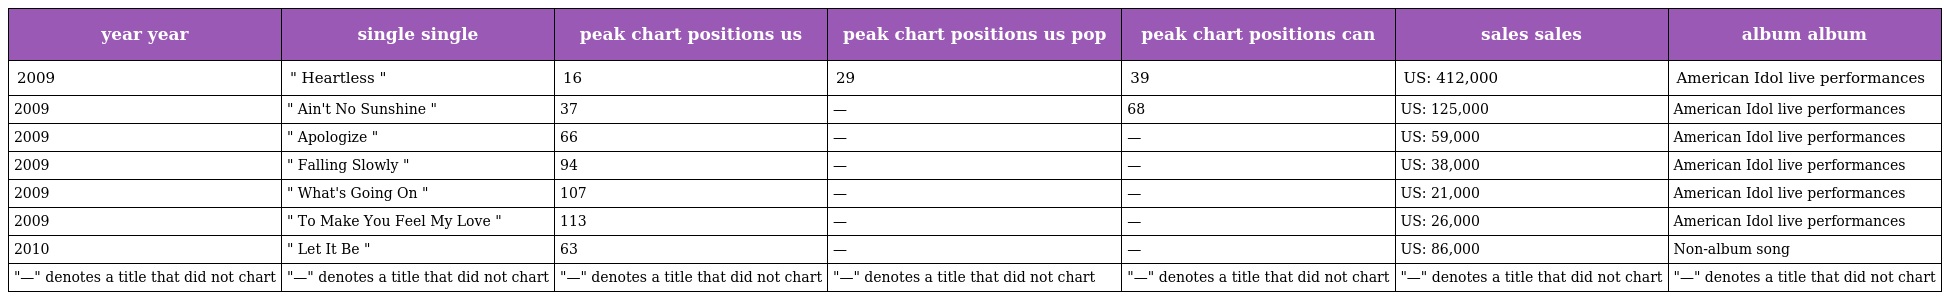
| year year | single single | peak chart positions us | peak chart positions us pop | peak chart positions can | sales sales | album album |
 | --- | --- | --- | --- | --- | --- | --- |
 | 2009 | " Heartless " | 16 | 29 | 39 | US: 412,000 | American Idol live performances |
 | 2009 | " Ain't No Sunshine " | 37 | — | 68 | US: 125,000 | American Idol live performances |
 | 2009 | " Apologize " | 66 | — | — | US: 59,000 | American Idol live performances |
 | 2009 | " Falling Slowly " | 94 | — | — | US: 38,000 | American Idol live performances |
 | 2009 | " What's Going On " | 107 | — | — | US: 21,000 | American Idol live performances |
 | 2009 | " To Make You Feel My Love " | 113 | — | — | US: 26,000 | American Idol live performances |
 | 2010 | " Let It Be " | 63 | — | — | US: 86,000 | Non-album song |
 | "—" denotes a title that did not chart | "—" denotes a title that did not chart | "—" denotes a title that did not chart | "—" denotes a title that did not chart | "—" denotes a title that did not chart | "—" denotes a title that did not chart | "—" denotes a title that did not chart |